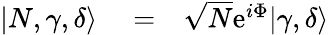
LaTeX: \begin{array}{rlr}{|N,\gamma,\delta\rangle}&{{}=}&{\sqrt{N}\mathrm{e}^{i\Phi}|\gamma,\delta\rangle}\end{array}